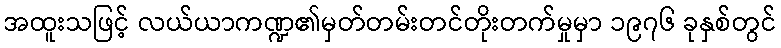
အထူးသဖြင့် လယ်ယာကဏ္ဍ၏မှတ်တမ်းတင်တိုးတက်မှုမှာ ၁၉၇၆ ခုနှစ်တွင်